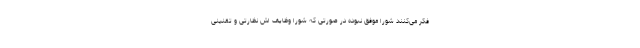
فکر می‌کنند شورا موفق نبوده در صورتی که شورا وظایف اش نظارتی و تقنینی